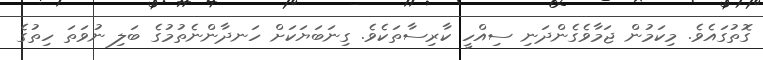
ގޮތުގައެވެ. މިކަމުން ޖަމާވެގެންދަނި ސިއްހީ ކާރިސާތަކެވެ. ގިނަބަޔަކަށް ހަނދާންނެތުމުގެ ބަލި ނުވަތަ ހިތުގެ